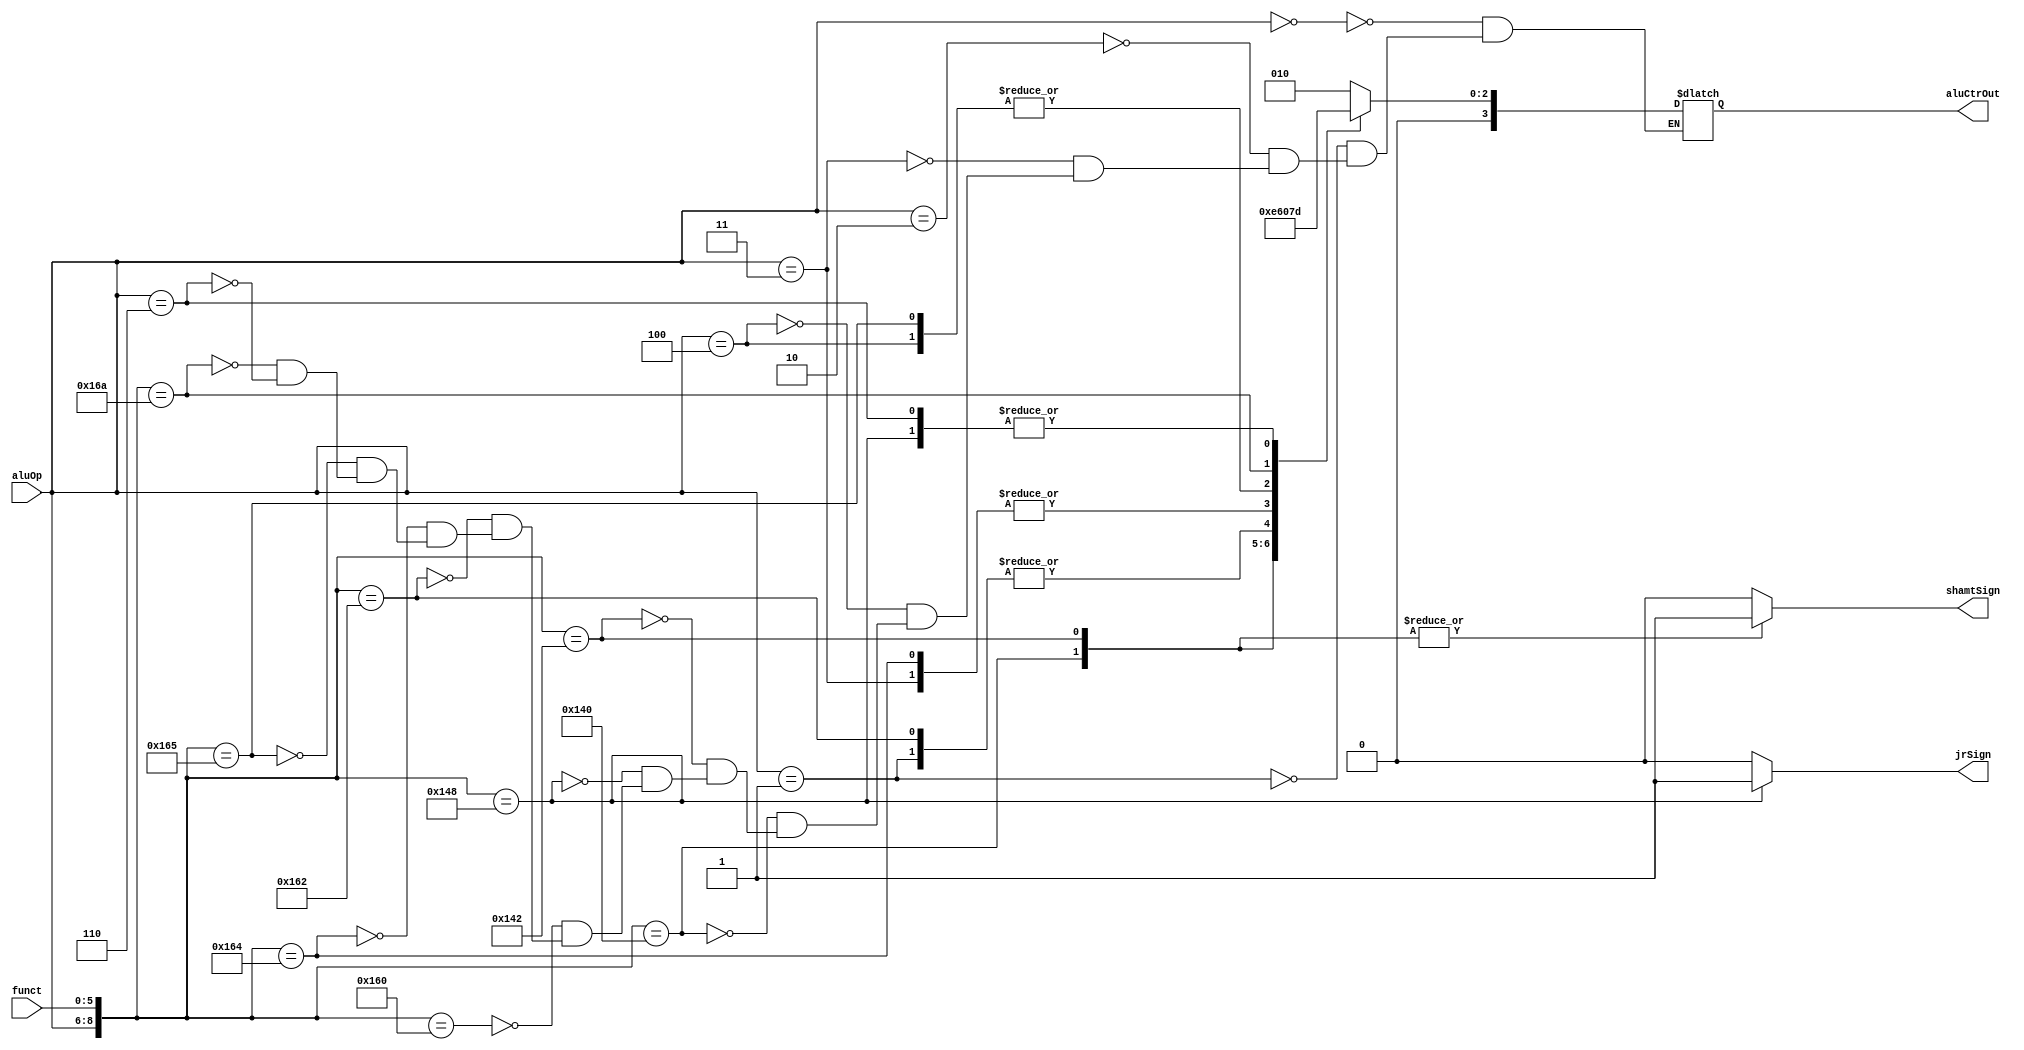
`timescale 1ns / 1ps
//////////////////////////////////////////////////////////////////////////////////
// Company: 
// Engineer: 
// 
// Design Name: 
// Module Name: ALUCtr
// Project Name: 
// Target Devices: 
// Tool Versions: 
// Description: 
// 
// Dependencies: 
// 
// Revision:
// Revision 0.01 - File Created
// Additional Comments:
// 
//////////////////////////////////////////////////////////////////////////////////


module ALUCtr(
    input [2 : 0] aluOp,
    input [5 : 0] funct,
    output reg [3 : 0] aluCtrOut,
    output reg shamtSign,
    output reg jrSign
    );
    
    always @ (aluOp or funct)
    begin
        shamtSign = 0;
        jrSign = 0;
        casex ({aluOp, funct})
            9'b000xxxxxx: aluCtrOut = 4'b0010; // lw, sw
            9'b001xxxxxx: aluCtrOut = 4'b0110; // beq
            9'b010xxxxxx: aluCtrOut = 4'b0010; // addi
            9'b011xxxxxx: aluCtrOut = 4'b0000; // andi
            9'b100xxxxxx: aluCtrOut = 4'b0001; // ori
            9'b101000000: // sll
            begin
                aluCtrOut = 4'b0011; 
                shamtSign = 1;
            end
            
            9'b101000010: // srl
            begin
                aluCtrOut = 4'b0100;
                shamtSign = 1;
            end
            9'b101001000: // jr
            begin
                aluCtrOut = 4'b0101; 
                jrSign = 1;
            end
            9'b101100000: aluCtrOut = 4'b0010; // add
            9'b101100010: aluCtrOut = 4'b0110; // sub
            9'b101100100: aluCtrOut = 4'b0000; // and
            9'b101100101: aluCtrOut = 4'b0001; // or
            9'b101101010: aluCtrOut = 4'b0111; // slt
            9'b110xxxxxx: aluCtrOut = 4'b0101; // j, jal
        endcase
    end        
endmodule